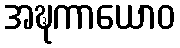
အဍ္ဎကာယောဝ